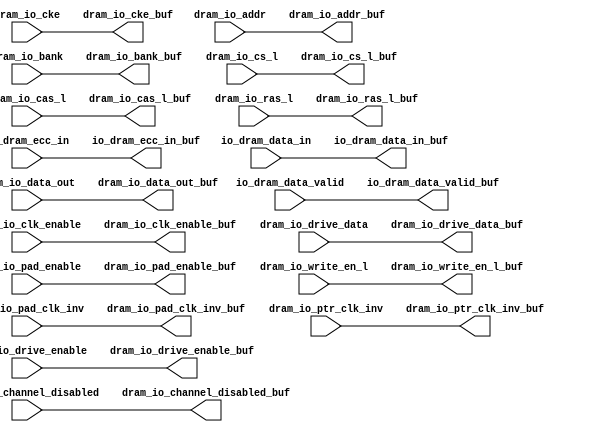
module dram_ddr_rptr_south ( /*AUTOARG*/
   // Outputs
   io_dram_data_valid_buf, io_dram_ecc_in_buf, io_dram_data_in_buf, 
   dram_io_cas_l_buf, dram_io_channel_disabled_buf, dram_io_cke_buf, 
   dram_io_clk_enable_buf, dram_io_drive_data_buf, 
   dram_io_drive_enable_buf, dram_io_pad_clk_inv_buf, 
   dram_io_pad_enable_buf, dram_io_ras_l_buf, dram_io_write_en_l_buf, 
   dram_io_addr_buf, dram_io_bank_buf, dram_io_cs_l_buf, 
   dram_io_data_out_buf, dram_io_ptr_clk_inv_buf, 
   // Inputs
   io_dram_data_valid, io_dram_ecc_in, io_dram_data_in, 
   dram_io_cas_l, dram_io_channel_disabled, dram_io_cke, 
   dram_io_clk_enable, dram_io_drive_data, dram_io_drive_enable, 
   dram_io_pad_clk_inv, dram_io_pad_enable, dram_io_ras_l, 
   dram_io_write_en_l, dram_io_addr, dram_io_bank, dram_io_cs_l, 
   dram_io_data_out, dram_io_ptr_clk_inv
   );

/*OUTPUTS*/
output 		io_dram_data_valid_buf;
output [31:0]	io_dram_ecc_in_buf;
output [255:0]	io_dram_data_in_buf;

output		dram_io_cas_l_buf;
output		dram_io_channel_disabled_buf;
output		dram_io_cke_buf;
output		dram_io_clk_enable_buf;
output		dram_io_drive_data_buf;
output		dram_io_drive_enable_buf;
output		dram_io_pad_clk_inv_buf;
output		dram_io_pad_enable_buf;
output		dram_io_ras_l_buf;
output		dram_io_write_en_l_buf;
output [14:0]	dram_io_addr_buf;
output [2:0]	dram_io_bank_buf;
output [3:0]	dram_io_cs_l_buf;
output [287:0]	dram_io_data_out_buf;
output [4:0]	dram_io_ptr_clk_inv_buf;

/*INPUTS*/
input 		io_dram_data_valid;
input [31:0]	io_dram_ecc_in;
input [255:0]	io_dram_data_in;

input          dram_io_cas_l;
input          dram_io_channel_disabled;
input          dram_io_cke;
input          dram_io_clk_enable;
input          dram_io_drive_data;   
input          dram_io_drive_enable;   
input          dram_io_pad_clk_inv;     
input          dram_io_pad_enable;    
input          dram_io_ras_l;
input          dram_io_write_en_l;
input [14:0]   dram_io_addr;
input [2:0]    dram_io_bank;
input [3:0]    dram_io_cs_l;
input [287:0]  dram_io_data_out;
input [4:0]    dram_io_ptr_clk_inv;


/************************* CODE *********************************/

assign io_dram_data_in_buf                   = io_dram_data_in[255:0]; 
assign io_dram_data_valid_buf                = io_dram_data_valid;   
assign io_dram_ecc_in_buf                    = io_dram_ecc_in[31:0]; 

assign dram_io_addr_buf                      = dram_io_addr[14:0];   
assign dram_io_bank_buf                      = dram_io_bank[2:0];    
assign dram_io_cas_l_buf                     = dram_io_cas_l;       
assign dram_io_channel_disabled_buf          = dram_io_channel_disabled; 
assign dram_io_cke_buf                       = dram_io_cke;          
assign dram_io_clk_enable_buf                = dram_io_clk_enable;   
assign dram_io_cs_l_buf                      = dram_io_cs_l[3:0];    
assign dram_io_data_out_buf                  = dram_io_data_out[287:0]; 
assign dram_io_drive_data_buf                = dram_io_drive_data;   
assign dram_io_drive_enable_buf              = dram_io_drive_enable; 
assign dram_io_pad_clk_inv_buf               = dram_io_pad_clk_inv;  
assign dram_io_pad_enable_buf                = dram_io_pad_enable;   
assign dram_io_ptr_clk_inv_buf               = dram_io_ptr_clk_inv[4:0]; 
assign dram_io_ras_l_buf                     = dram_io_ras_l;        
assign dram_io_write_en_l_buf                = dram_io_write_en_l;   

endmodule